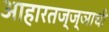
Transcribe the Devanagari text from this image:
आहारतज्‍ज्ञाची